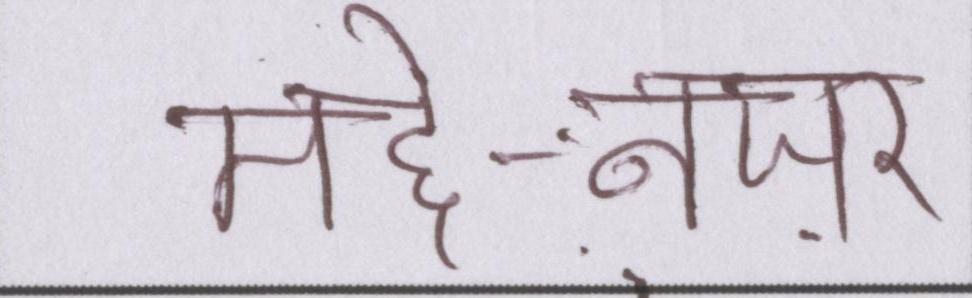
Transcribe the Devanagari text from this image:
मद्दे-नज़र